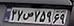
۳۷ص۷۵۹۶۹